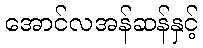
အောင်လအန်ဆန်နှင့်